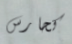
كحارس